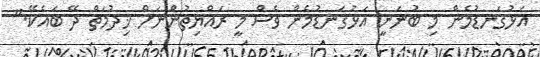
އަޅުގަނޑުމެން މި ބުނަނީ އަޅުގަނޑުމެން ވެސް މީ ރައްޔިތުންނަށް ޚިދުމަތް ދޭ ބައެކޭ."